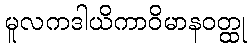
မူလကဒါယိကာဝိမာနဝတ္ထု